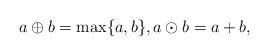
LaTeX: \begin{align*}a\oplus b= \max\{a,b\}, a\odot b=a+b,\end{align*}